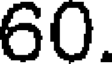
60.